Report on vaccination in the Province of Bengal - 1874-1889
Year: 1874
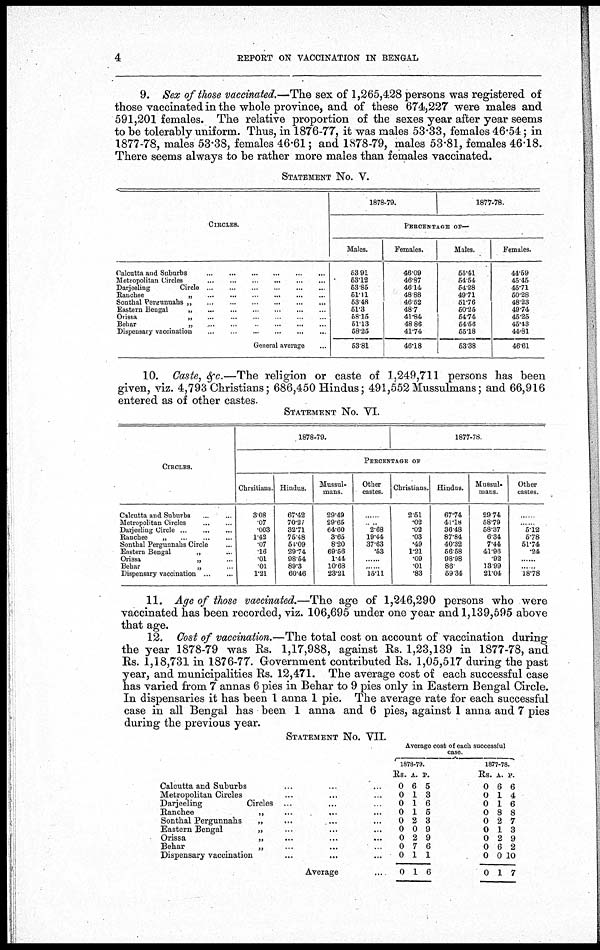
4
REPORT ON VACCINATION IN BENGAL
9. Sex of those vaccinated.—The sex of 1,265,428 persons was registered of
those vaccinated in the whole province, and of these 674,227 were males and
591,201 females. The relative proportion of the sexes year after year seems
to be tolerably uniform. Thus, in 1876-77, it was males 53.33, females 46.54 ; in
1877-78, males 53.38, females 46.61; and 1878-79, males 53.81, females 46.18.
There seems always to be rather more males than females vaccinated.
STATEMENT NO. V.
CIRCLES.
Calcutta and Suburbs ... ... ... ... ...
Metropolitan Circles
...
...
...
...
...
Darjeeling
Circle
...
...
...
...
...
Ranchee
„
...
...
...
...
...
Sonthal Pergunnahs „
...
...
...
...
...
Eastern Beugal
„
...
...
...
...
...
Orissa
„ ... ... ... ... ...
Behar
„
...
...
...
...
...
Dispensary vaccination
...
...
...
...
...
General average ...
1878-79.
1877-78.
PERCENTAGE OF—
Males.
63.91
53.12
53.85
51.11
53.48
51.3
58.15
51.13
58.25
53.81
Females.
46.09
46.87
46.14
48.88
46.52
48.7
41.84
48.86
41.74
46.18
Males.
55.41
54.54
54.28
49.71
51.76
50.25
54.74
54.56
55.18
53.38
Females.
44.59
45.45
45.71
50.28
48.23
49.74
45.25
45.43
44.81
46.61
10. Caste, &c.—The religion or caste of 1,249,711 persons has been
given, viz. 4,793 Christians; 686,450 Hindus; 491,552 Mussulmans; and 66,916
entered as of other castes.
STATEMENT NO. VI.
CIRCLES.
Calcutta and Suburbs
...
...
Metropolitan Circles
...
...
Darjeeling Circle
...
...
...
Ranchee
„
...
...
...
Sonthal Pergunnahs Circle ...
Eastern Bengal
„ ...
Orissa
„ ...
Behar
„ ...
Dispensary vaccination
...
...
1878-79.
1877-78.
PERCENTAGE OF
Chrsitians.
3.08
.07
.003
1.42
.07
16
.01
.01
1.21
Hindus.
67.42
70.27
32.71
75.48
54.09
29.74
98.54
89.3
60.46
Mussul-
mans.
29.49
29.65
64.60
3.65
8.20
69.56
1.44
10.68
23.21
Other
castes.
...
...
2.68
19.44
37.63
.53
......
......
15.11
Christians.
2.51
.02
.02
.03
.49
1.21
.09
.01
.83
Hindus.
67.74
41.18
36.48
87.84
40.32
56.58
98.98
86.
59.34
Mussul-
mans.
29.74
58.79
58.37
6.34
7.44
41.96
.92
13.99
21.04
Other
castes.
...
...
5.12
5.78
51.74
.24
......
......
18.78
11. Age of those vaccinated.—The age of 1,246,290 persons who were
vaccinated has been recorded, viz. 106,695 under one year and 1,139,595 above
that age.
12. Cost of vaccination.—The total cost on account of vaccination during
the year 1878-79 was Rs. 1,17,988, against Rs. 1,23,139 in 1877-78, and
Rs. 1,18,731 in 1876-77. Government contributed Rs. 1,05,517 during the past
year, and municipalities Rs. 12,471. The average cost of each successful case
has varied from 7 annas 6 pies in Behar to 9 pies only in Eastern Bengal Circle.
In dispensaries it has been 1 anna 1 pie. The average rate for each successful
case in all Bengal has been 1 anna and 6 pies, against 1 anna and 7 pies
during the previous year.
STATEMENT NO. VII.
Calcutta and Suburbs ... ... ...
Metropolitan Circles ... ... ...
Darjeeling
Circles ... ...
Kanchee
„ ... ...
Sonthal Pergunnahs
„ ... ...
Eastern Bengal
„ ... ...
Orissa
„ ... ...
Behar
„ ... ...
Dispensary vaccination ...
Average ...
Average cost of each successful
case.
1878-79.
Rs.
0
0
0
0
0
0
0
0
0
0
A.
6
1
1
1
2
0
2
7
1
1
P.
5
3
6
5
3
9
9
6
1
6
1877-78.
Rs.
0
0
0
0
0
0
0
0
0
0
A.
6
1
1
8
2
1
2
6
0
1
P.
6
4
6
8
7
3
9
2
10
7